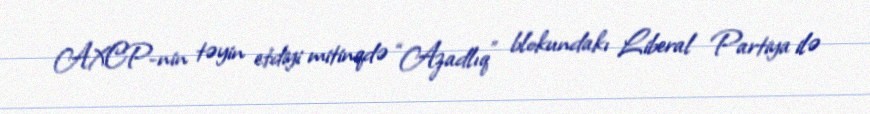
AXCP-nin təyin etdiyi mitinqdə “Azadlıq” blokundakı Liberal Partiya ilə